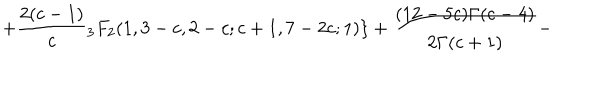
+ \frac { 2 ( c - 1 ) } { c } { } _ { 3 } F _ { 2 } ( 1 , 3 - c , 2 - c ; c + 1 , 7 - 2 c ; 1 ) \} + \frac { ( 1 2 - 5 c ) \Gamma ( c - 4 ) } { 2 \Gamma ( c + 1 ) } -